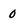
Character: 0